Indian journal of veterinary science and animal husbandry - Volume 2,
Year: 1932
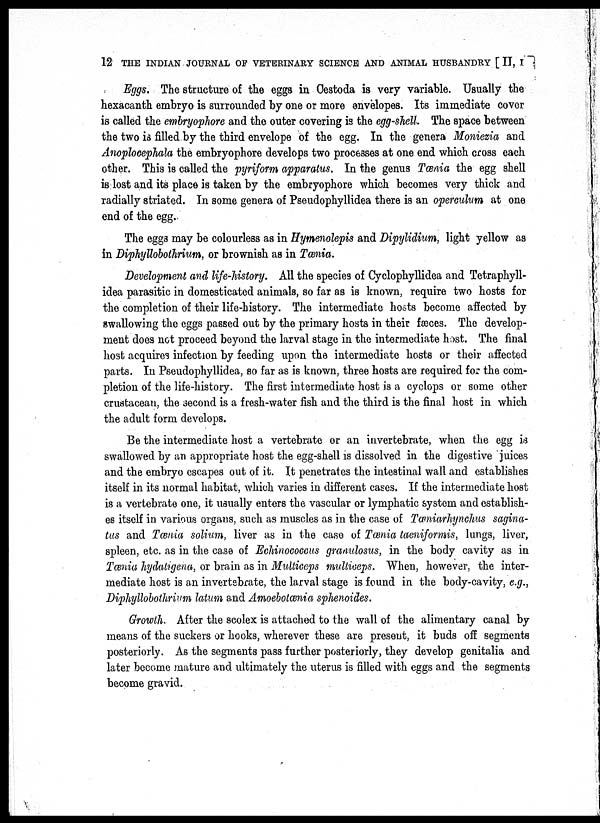
12 THE INDIAN JOURNAL OF VETERINARY SCIENCE AND ANIMAL HUSBANDRY [ II, I
Eggs. The structure of the eggs in Cestoda is very variable. Usually the
hexacanth embryo is surrounded by one or more envelopes. Its immediate cover
is called the embryophore and the outer covering is the egg-shell. The space between
the two is filled by the third envelope of the egg. In the genera Moniezia and
Anoplocephala the embryophore develops two processes at one end which cross each
other. This is called the pyriform apparatus. In the genus Tænia the egg shell
is lost and its place is taken by the embryophore which becomes very thick and
radially striated. In some genera of Pseudophyllidea there is an operculum at one
end of the egg.
The eggs may be colourless as in Hymenolepis and Dipylidium, light yellow as
in Diphyllobothrium, or brownish as in Tænia.
Development and life-history. All the species of Cyclophyllidea and Tetraphyll¬
idea parasitic in domesticated animals, so far as is known, require two hosts for
the completion of their life-history. The intermediate hosts become affected by
swallowing the eggs passed out by the primary hosts in their fæces. The develop-
ment does not proceed beyond the larval stage in the intermediate host. The final
host acquires infection by feeding upon the intermediate hosts or their affected
parts. In Pseudophyllidea, so far as is known, three hosts are required for the com-
pletion of the life-history. The first intermediate host is a cyclops or some other
crustacean, the second is a fresh-water fish and the third is the final host in which
the adult form develops.
Be the intermediate host a vertebrate or an invertebrate, when the egg is
swallowed by an appropriate host the egg-shell is dissolved in the digestive juices
and the embryo escapes out of it. It penetrates the intestinal wall and establishes
itself in its normal habitat, which varies in different cases. If the intermediate host
is a vertebrate one, it usually enters the vascular or lymphatic system and establish-
es itself in various organs, such as muscles as in the case of Tæniarhynchus sagina¬
tus and Tænia solium, liver as in the case of Tænia taeniformis, lungs, liver,
spleen, etc. as in the case of Echinococcus granulosus, in the body cavity as in
Tænia hydatigena, or brain as in Multiceps multiceps. When, however, the inter-
mediate host is an invertebrate, the larval stage is found in the body-cavity, e.g.,
Diphyllobothrium latum and Amoebotænia sphenoides.
Growth. After the scolex is attached to the wall of the alimentary canal by
means of the suckers or hooks, wherever these are present, it buds off segments
posteriorly. As the segments pass further posteriorly, they develop genitalia and
later become mature and ultimately the uterus is filled with eggs and the segments
become gravid.